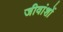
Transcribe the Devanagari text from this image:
जीवांशों